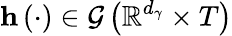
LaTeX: \mathbf{h}\left(\cdot\right)\in\mathcal{G}\left(\mathbb{R}^{d_{\gamma}}\times T\right)